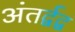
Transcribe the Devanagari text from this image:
अंतर्द्वद्व